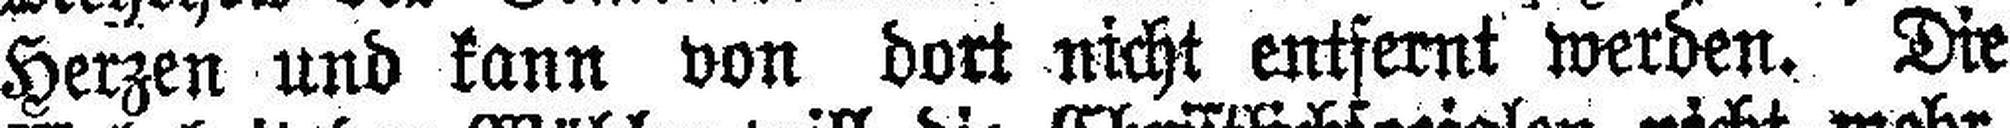
Herzen und kann von dort nicht entfernt werden. Die